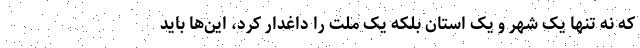
که نه تنها یک شهر و یک استان بلکه یک ملت را داغدار کرد، این‌ها باید